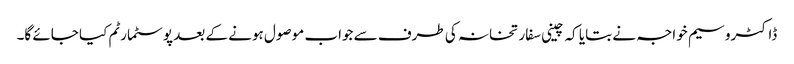
ڈاکٹروسیم خواجہ نے بتایا کہ چینی سفارتخانہ کی طرف سے جواب موصول ہونے کے بعد پوسٹمارٹم کیا جائے گا۔